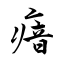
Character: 瘖